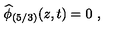
\widehat { \phi } _ { ( 5 / 3 ) } ( z , t ) = 0 \ ,